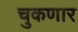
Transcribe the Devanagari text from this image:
चुकणार